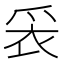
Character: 𬋧